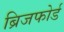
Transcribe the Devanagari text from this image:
ब्रिजफोर्ड